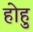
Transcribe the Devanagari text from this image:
होहु